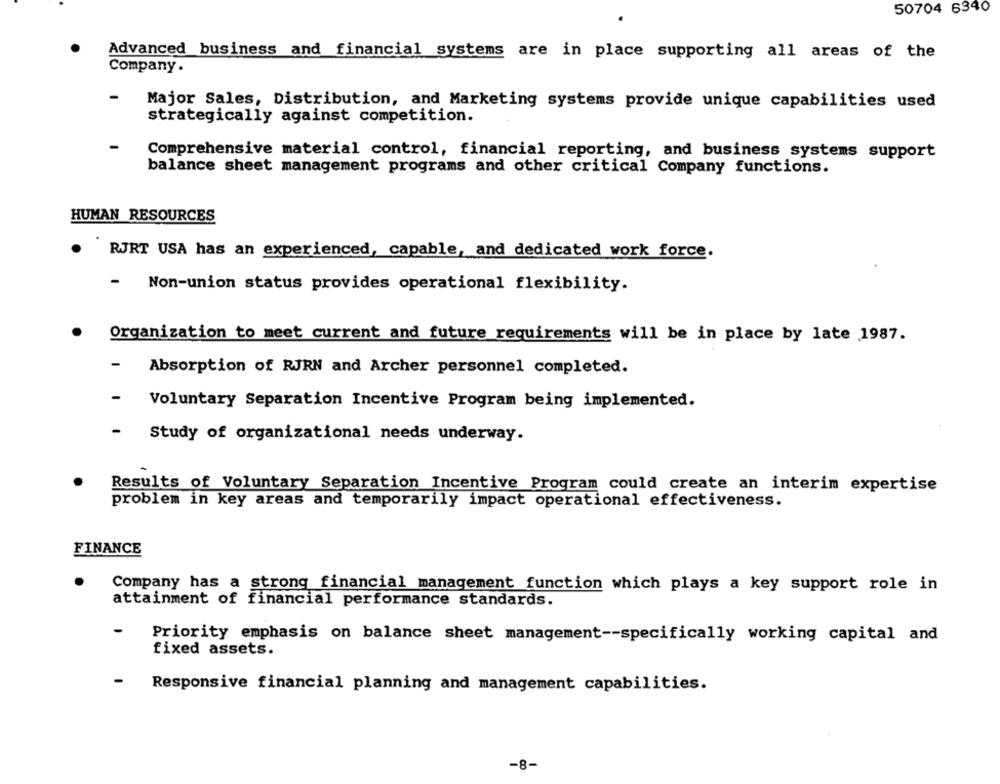
50704 6340
Advanced business and financial systems are in place supporting all areas of the
Company .
Major Sales, Distribution, and Marketing systems provide unique capabilities used
strategically against competition.
Comprehensive material control, financial reporting, and business systems support
balance sheet management programs and other critical Company functions.
HUMAN RESOURCES
RJRT USA has an experienced, capable, and dedicated work force.
Non-union status provides operational flexibility.
Organization to meet current and future requirements will be in place by late 1987.
Absorption of RJRN and Archer personnel completed.
-
Voluntary Separation Incentive Program being implemented.
-
Study of organizational needs underway.
Results of Voluntary Separation Incentive Program could create an interim expertise
problem in key areas and temporarily impact operational effectiveness.
FINANCE
Company has a strong financial management function which plays a key support role in
attainment of financial performance standards.
Priority emphasis on balance sheet management -- specifically working capital and
fixed assets.
Responsive financial planning and management capabilities.
-8-